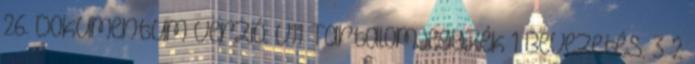
26. Dokumentum verzió: v11 Tartalomjegyzék 1 Bevezetés. 3 2